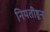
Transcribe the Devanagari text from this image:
नियतीहून